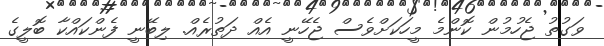
ވަގުތު ޖެހުމުން ކޮންމެ މީހަކަށްވެސް ޖެހޭނީ އެއް ދަތުރެއް. ލިބޭނީ ފެންކައްކާ ބޮލީގެ